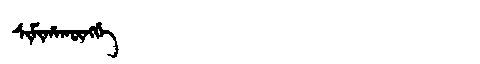
Manchu: ᠰᡳᠮᡳᡥᠠᡴᡡᠩᡤᡝ
Romanization: SIMIHAKŪNGGE